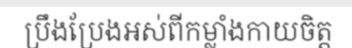
ប្រឹងប្រែងអស់ពីកម្លាំងកាយចិត្ត